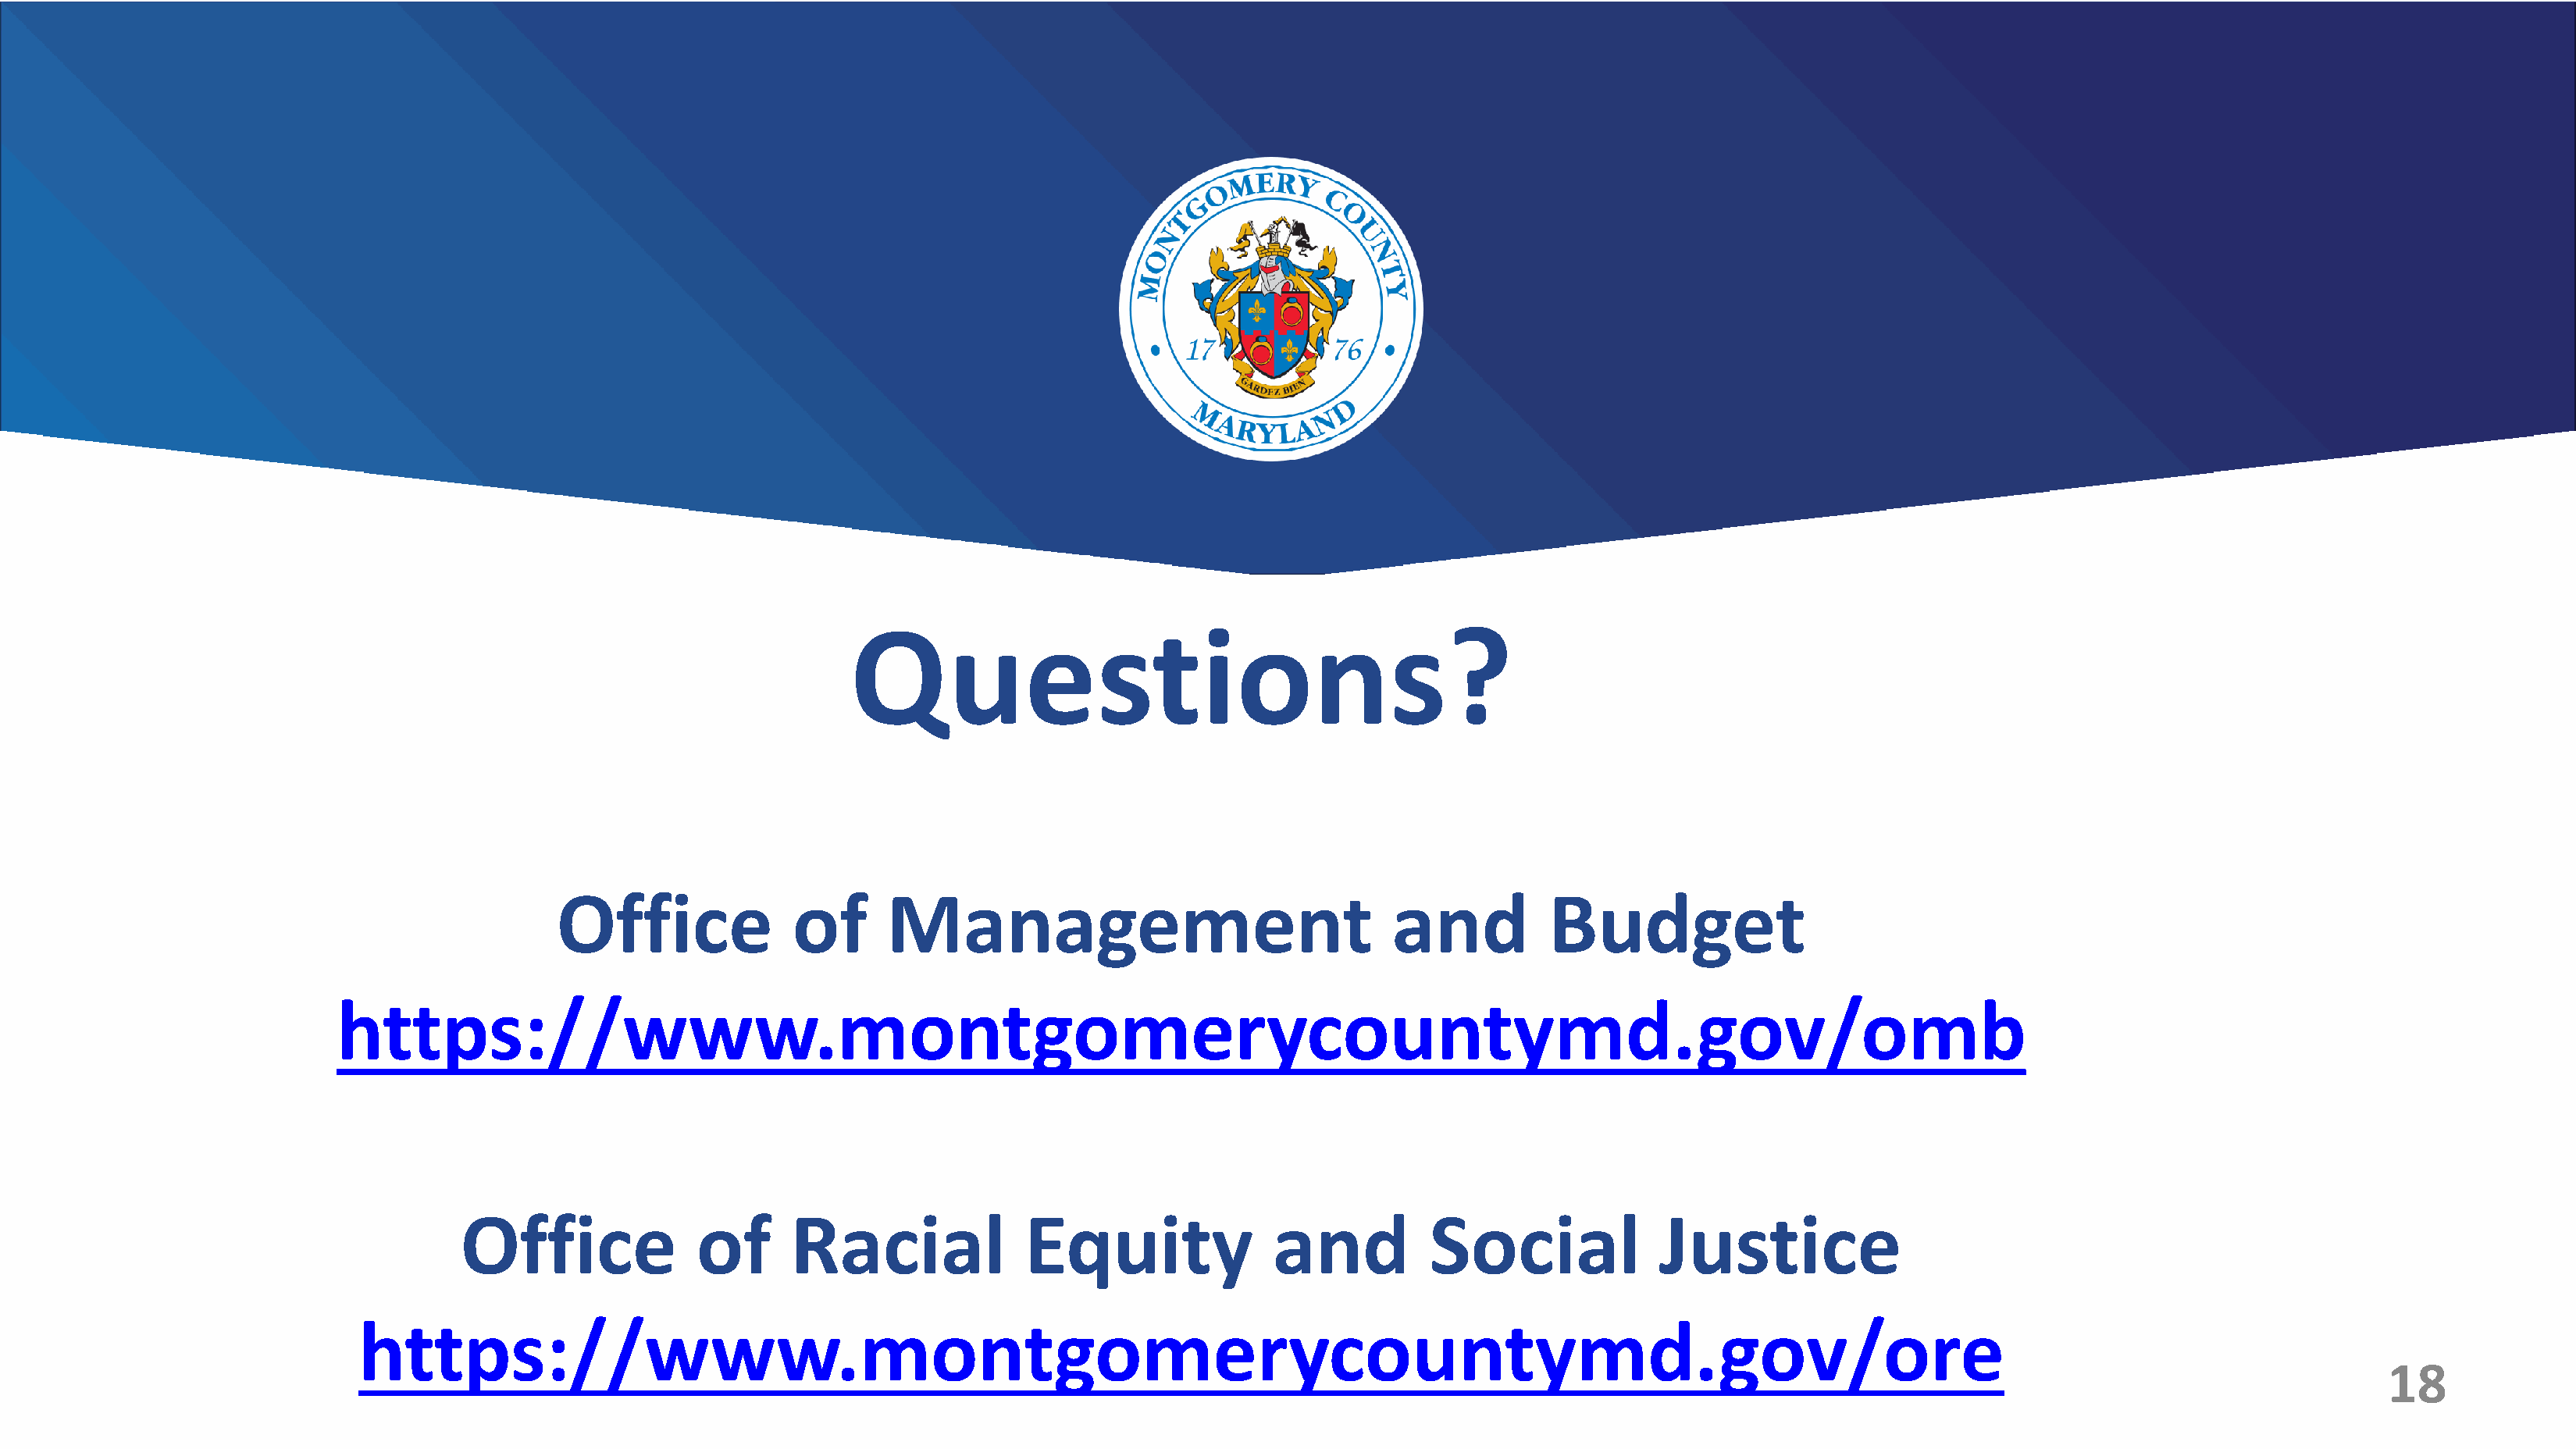
Questions?
 Office              of      Management                                 and          Budget
 https://www.montgomerycountymd.gov/omb
 Office              of      Racial              Equity               and          Social              Justice
 https://www.montgomerycountymd.gov/ore
 18